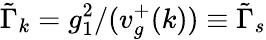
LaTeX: \tilde{\Gamma}_{k}=g_{1}^{2}/(v_{g}^{+}(k))\equiv\tilde{\Gamma}_{s}